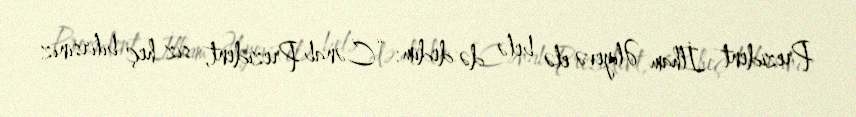
Prezident İlham Əliyevə elə belə də dedim: “Cənab Prezident, siz heç bilirsiniz